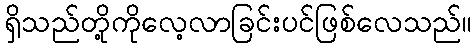
ရှိသည်တို့ကိုလေ့လာခြင်းပင်ဖြစ်လေသည်။